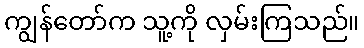
ကျွန်တော်က သူ့ကို လှမ်းကြသည်။